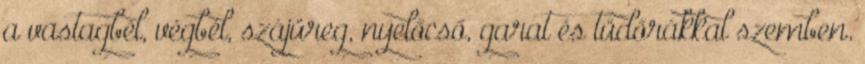
a vastagbél, végbél, szájüreg, nyelőcső, garat és tüdőrákkal szemben.